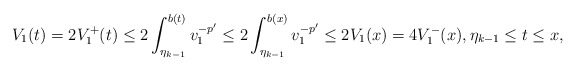
\begin{align*} V_1(t)=2V_1^+(t)\le 2\int_{\eta_{k-1}}^{b(t)}v_1^{-p'}\le 2\int_{\eta_{k-1}}^{b(x)}v_1^{-p'} \le 2V_1(x)=4V_1^-(x), \eta_{k-1}\le t\le x,\end{align*}